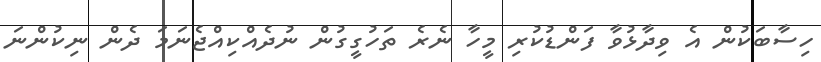
ހިސާބަކުން އެ ވިދާޅުވާ ފަންޑުކުރި މީހާ ނެރެ ތަހުގީގުން ނުދެއްކިއްޖެނަމަ ދެން ނިކުންނަ